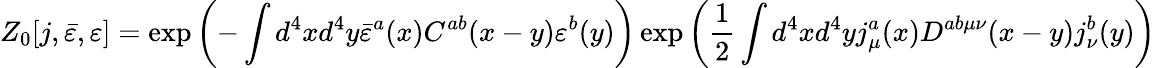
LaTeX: Z_{0}[j,{\bar{\varepsilon}},\varepsilon]=\exp\left(-\int d^{4}xd^{4}y{\bar{\varepsilon}}^{a}(x)C^{ab}(x-y)\varepsilon^{b}(y)\right)\exp\left({\frac{1}{2}}\int d^{4}xd^{4}yj_{\mu}^{a}(x)D^{ab\mu\nu}(x-y)j_{\nu}^{b}(y)\right)